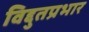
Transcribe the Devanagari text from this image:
विद्दुतप्रभार